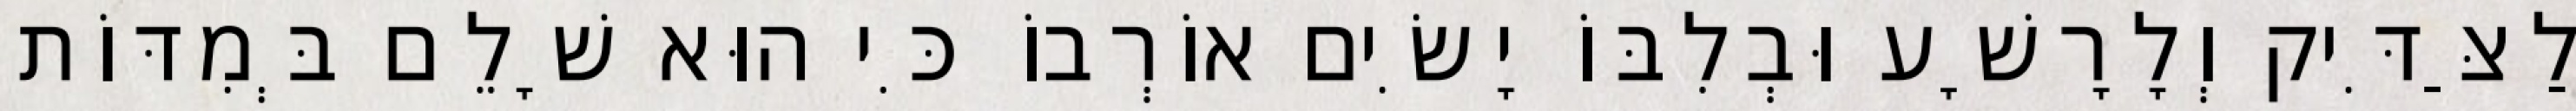
לַצַּדִּיק וְלָרָשָׁע וּבְלִבּוֹ יָשִׂים אוֹרְבוֹ כִּי הוּא שָׁלֵם בְּמִדּוֹת